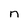
Character: n